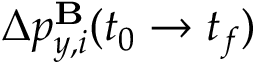
\Delta p _ { y , i } ^ { \mathbf { B } } ( t _ { 0 } \to t _ { f } )